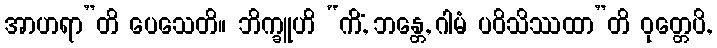
အာဟရာ”တိ ပေသေတိ။ ဘိက္ခူဟိ “ကိံ, ဘန္တေ, ဂါမံ ပဝိသိဿထာ”တိ ဝုတ္တေပိ,